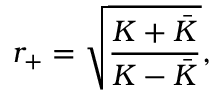
r _ { + } = \sqrt { \frac { K + \bar { K } } { K - \bar { K } } } ,